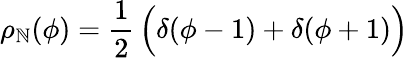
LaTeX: \rho_{\mathbb{N}}(\phi)={\frac{{1}}{{2}}}\, \Bigl(\delta(\phi-1)+\delta(\phi+1)\Bigr)